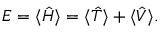
E = \langle \hat { H } \rangle = \langle \hat { T } \rangle + \langle \hat { V } \rangle .